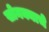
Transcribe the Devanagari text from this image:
सोनक्याचे